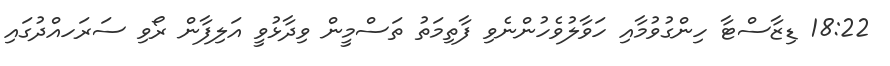
18:22 ޑިޒާސްޓާ ހިންގުވުމާއި ހަވާލުވެހުންނެވި ފާތިމަތު ތަސްމީން ވިދާޅުވީ އަލިފާން ރޯވި ސަރަހއްދުގައި